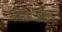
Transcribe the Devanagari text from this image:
चितिजाताः।कुब्जोर्ध्वशुष्क